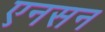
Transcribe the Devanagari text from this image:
एनसन